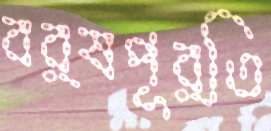
বর্ষপূর্তি